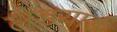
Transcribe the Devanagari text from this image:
लेडयार्ड